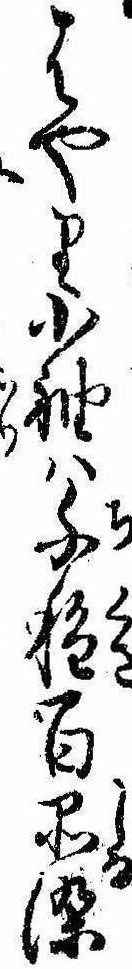
はやり小袖は千種百品染